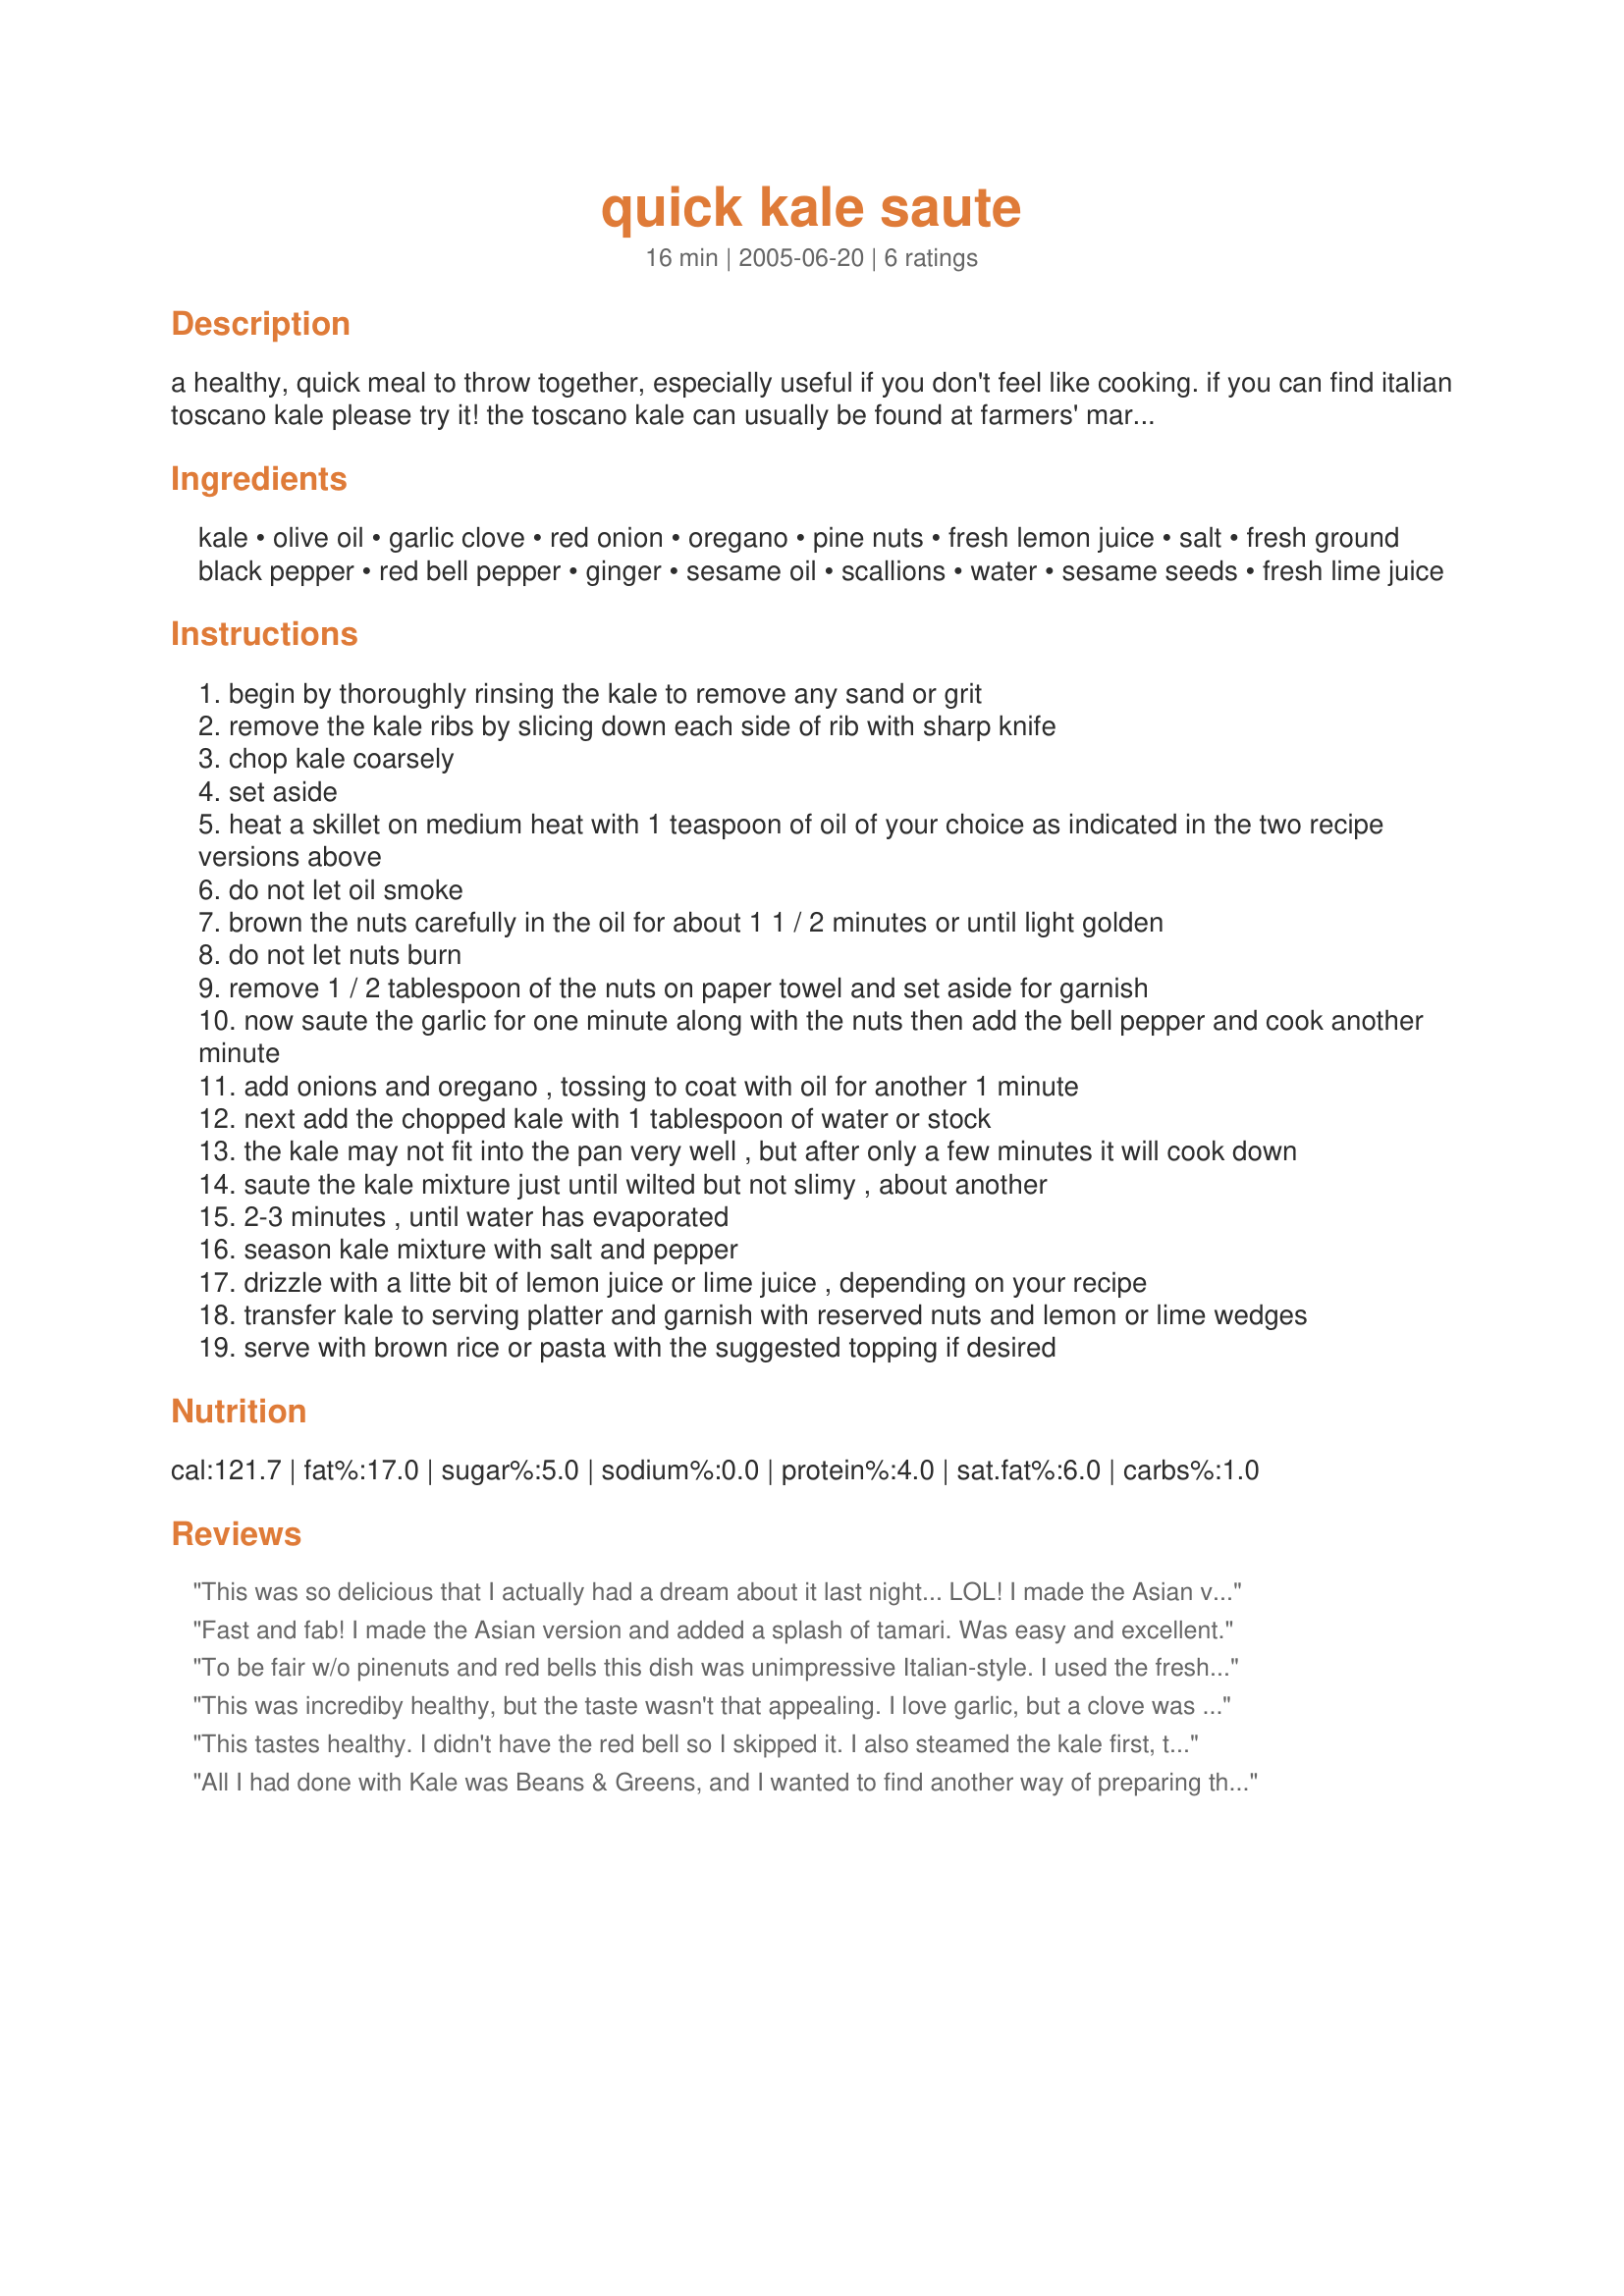
quick kale saute
Preparation time: 16 minutes

a healthy, quick meal to throw together, especially useful if you don't feel like cooking. if you can find italian toscano kale please try it! the toscano kale can usually be found at farmers' markets or specialty grocery stores, or if you're lucky it can be found at your local supermarket. i give two versions of this recipe for ease in cooking when you have limited ingredients on hand. serve the kale over hot cooked brown rice or
whole grain pasta for a filling meal. our favorite topping on kale is the splendid copy cat recipe #95888.

Ingredients:
kale, olive oil, garlic clove, red onion, oregano, pine nuts, fresh lemon juice, salt, fresh ground black pepper, red bell pepper, ginger, sesame oil, scallions, water, sesame seeds, fresh lime juice

Steps:
begin by thoroughly rinsing the kale to remove any sand or grit
remove the kale ribs by slicing down each side of rib with sharp knife
chop kale coarsely
set aside
heat a skillet on medium heat with 1 teaspoon of oil of your choice as indicated in the two recipe versions above
do not let oil smoke
brown the nuts carefully in the oil for about 1 1 / 2 minutes or until light golden
do not let nuts burn
remove 1 / 2 tablespoon of the nuts on paper towel and set aside for garnish
now saute the garlic for one minute along with the nuts then add the bell pepper and cook another minute
add onions and oregano , tossing to coat with oil for another 1 minute
next add the chopped kale with 1 tablespoon of water or stock
the kale may not fit into the pan very well , but after only a few minutes it will cook down
saute the kale mixture just until wilted but not slimy , about another
2-3 minutes , until water has evaporated
season kale mixture with salt and pepper
drizzle with a litte bit of lemon juice or lime juice , depending on your recipe
transfer kale to serving platter and garnish with reserved nuts and lemon or lime wedges
serve with brown rice or pasta with the suggested topping if desired

Reviews:
This was so delicious that I actually had a dream about it last night... LOL! I made the Asian version and the only change I made was to replace the salt with a little bit of soy sauce. I liked how the kale still had a little "crunch" to it after such a short cooking time. I can't wait to try the Italian style. Thanks for sharing this amazing recipe!
Fast and fab! I made the Asian version and added a splash of tamari. Was easy and excellent.
To be fair w/o pinenuts and red bells this dish was unimpressive Italian-style. I used the freshest Kale (ie. soft supple). I couldn't get a good absobtion in the pan of flavors between the garlic, onion and kale. At the table, the color on the plate was nice. The red bells I think would punch this up another notch on presentation. I'll try again with fresh herbs and pinenuts. There might be an assembly instruction missing in this recipe that would make a difference.
This was incrediby healthy, but the taste wasn't that appealing. I love garlic, but a clove was too overpowering for a head of kale. The onions weren't my favorite, but the kale was good with the olive oil. I didn't use the pine nuts, though.
This tastes healthy. I didn't have the red bell so I skipped it. I also steamed the kale first, then dumped it in when it was soft. Added a dash of red wine vinegar at the end. It was a pleasant addition to a meal, but not something I would get all giddy about, just eating it for the health properties and trying to make it palatable and this recipe DID make it palatable. Epicurious has a great raw salad recipe too. Eat your greens!
All I had done with Kale was Beans & Greens, and I wanted to find another way of preparing this healthy, inexpensive green. This recipe is not only tasty but it gives lots of room for creativity. I may never use a recipe for kale again - but will prepare it frequently and use my imagination.
I made the italian saute and the kale was lovely with diced red bell pepper and red onions and pine nuts. Beautiful and delicious.
